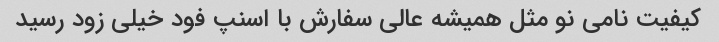
کیفیت نامی نو مثل همیشه عالی سفارش با اسنپ فود خیلی زود رسید